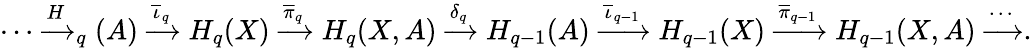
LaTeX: \cdots\xrightarrow H_{q}(A)\xrightarrow{\overline{{\iota}}_{q}}H_{q}(X)\xrightarrow{\overline{{\pi}}_{q}}H_{q}(X,A)\xrightarrow{\delta_{q}}H_{q-1}(A)\xrightarrow{\overline{{\iota}}_{q-1}}H_{q-1}(X)\xrightarrow{\overline{{\pi}}_{q-1}}H_{q-1}(X,A)\xrightarrow\cdots.